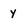
Character: y